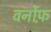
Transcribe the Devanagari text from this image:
वर्नोफ़